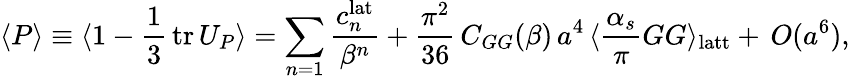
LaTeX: \langle P\rangle\equiv\langle 1-\frac{1}{3}\, \mathrm{tr}\, U_{P}\rangle=\sum_{n=1}\frac{c_{n}^{\mathrm{lat}}}{\beta^{n}}+\frac{\pi^{2}}{36}\, C_{GG}(\beta)\, a^{4}\, \langle\frac{\alpha_{s}}{\pi}GG\rangle_{\mathrm{latt}}+\, O(a^{6}),